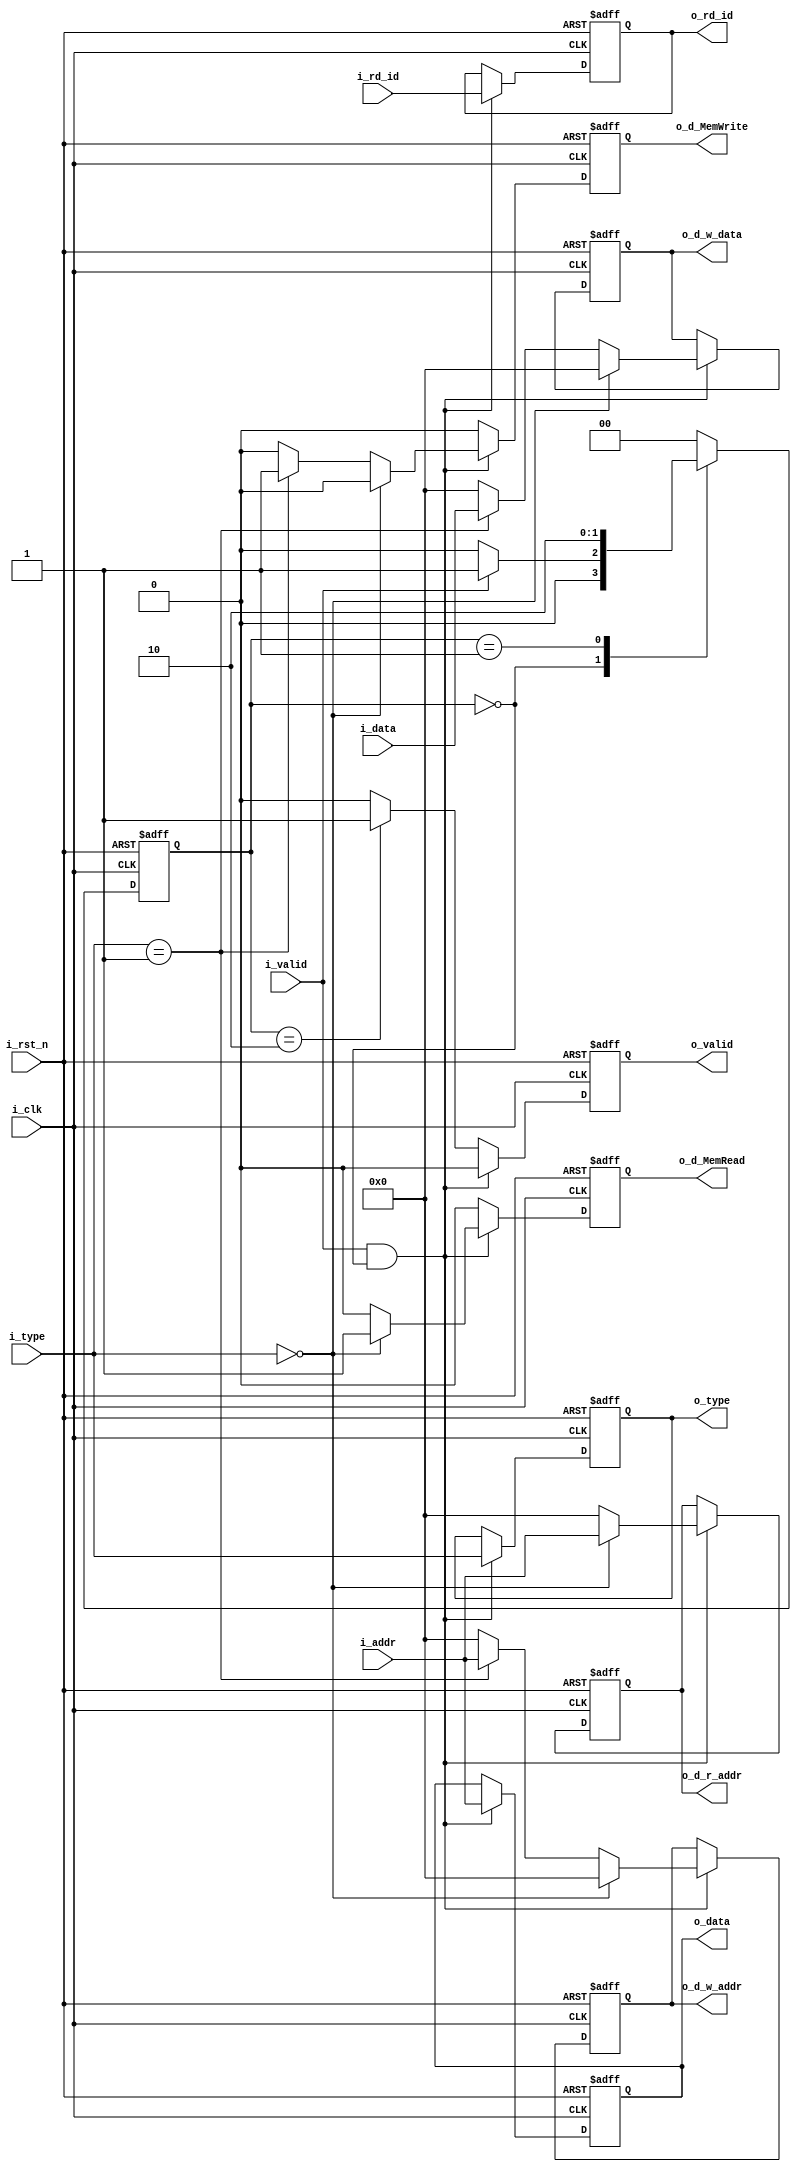
module MEM #( 
	parameter ADDR_W = 64,
	parameter INST_W = 32,
	parameter DATA_W = 64
)(
    input                   i_clk,
    input                   i_rst_n,
    input [DATA_W-1 : 0] i_addr,
    input [DATA_W-1 : 0] i_data,
    input [4 : 0]          i_rd_id,
    input [1 : 0]          i_type,
    input                  i_valid,
    output [DATA_W-1 : 0] o_data,
    output [4 : 0]        o_rd_id,
    output [1 : 0]        o_type,
    output                  o_valid,
    output [DATA_W-1 : 0] o_d_w_data,
    output [ADDR_W-1 : 0] o_d_r_addr,
    output [ADDR_W-1 : 0] o_d_w_addr,
    output              o_d_MemRead,
    output              o_d_MemWrite
);

    reg [DATA_W-1 : 0] o_data_r, o_data_w;
    reg [4 : 0]          o_rd_id_r, o_rd_id_w;
    reg                  o_valid_r, o_valid_w;
    reg [1 : 0]          o_type_r, o_type_w;
    reg [DATA_W-1 : 0]    o_d_w_data_r, o_d_w_data_w;
    reg [ADDR_W-1 : 0]    o_d_r_addr_r, o_d_r_addr_w;
    reg [ADDR_W-1 : 0]    o_d_w_addr_r, o_d_w_addr_w;
    reg                 o_d_MemRead_r, o_d_MemRead_w;
    reg                 o_d_MemWrite_r, o_d_MemWrite_w;

    reg [1 : 0]           cs, ns;

    assign o_data = o_data_r;
    assign o_rd_id = o_rd_id_r;
    assign o_valid = o_valid_r;
    assign o_type = o_type_r;
    assign o_d_w_data = o_d_w_data_r;
    assign o_d_r_addr = o_d_r_addr_r;
    assign o_d_w_addr = o_d_w_addr_r;
    assign o_d_MemRead = o_d_MemRead_r;
    assign o_d_MemWrite = o_d_MemWrite_r;

    // integer i;
    always @(*) begin
        if(i_valid && cs == 0) begin
            if(i_type == 0) begin
                o_d_w_data_w = 0;
                o_d_r_addr_w = i_addr;
                o_d_w_addr_w = 0;
                o_d_MemRead_w = 1;
                o_d_MemWrite_w = 0;
            end else if(i_type == 1) begin
                o_d_w_data_w = i_data;
                o_d_r_addr_w = 0;
                o_d_w_addr_w = i_addr;
                o_d_MemRead_w = 0;
                o_d_MemWrite_w = 1;
            end else begin
                o_d_w_data_w = 0;
                o_d_r_addr_w = 0;
                o_d_w_addr_w = 0;
                o_d_MemRead_w = 0;
                o_d_MemWrite_w = 0;
            end
            o_data_w = i_addr;
            o_rd_id_w = i_rd_id;
            o_type_w = i_type;
            o_valid_w = 0;
        end else if(cs == 2) begin
            o_d_w_data_w = o_d_w_data_r;
            o_d_r_addr_w = o_d_r_addr_r;
            o_d_w_addr_w = o_d_w_addr_r;
            o_d_MemRead_w = 0;
            o_d_MemWrite_w = 0;
            o_data_w = o_data_r;
            o_rd_id_w = o_rd_id_r;
            o_type_w = o_type_r;
            o_valid_w = 1;
        end else begin
            o_d_w_data_w = o_d_w_data_r;
            o_d_r_addr_w = o_d_r_addr_r;
            o_d_w_addr_w = o_d_w_addr_r;
            o_d_MemRead_w = 0;
            o_d_MemWrite_w = 0;
            o_data_w = o_data_r;
            o_rd_id_w = o_rd_id_r;
            o_type_w = o_type_r;
            o_valid_w = 0;
        end
    end

    always @(*) begin
        case (cs)
        	0: ns = (i_valid) ? 1 : 0;
        	1: ns = 2;
        	2: ns = 0;
            default: ns = 0;
        endcase
    end

    // sequential part
    always @(posedge i_clk or negedge i_rst_n) begin
        if (~i_rst_n) begin
            o_data_r <= 0;
            o_rd_id_r <= 0;
            o_valid_r <= 0;
            o_type_r <= 0;
            o_d_w_data_r <= 0;
            o_d_r_addr_r <= 0;
            o_d_w_addr_r <= 0;
            o_d_MemRead_r <= 0;
            o_d_MemWrite_r <= 0;
            cs <= 0;            
        end else begin
            o_data_r <= o_data_w;
            o_rd_id_r <= o_rd_id_w;
            o_valid_r <= o_valid_w;
            o_type_r <= o_type_w;
            o_d_w_data_r <= o_d_w_data_w;
            o_d_r_addr_r <= o_d_r_addr_w;
            o_d_w_addr_r <= o_d_w_addr_w;
            o_d_MemRead_r <= o_d_MemRead_w;
            o_d_MemWrite_r <= o_d_MemWrite_w;
            cs <= ns;
        end
    end

endmodule